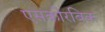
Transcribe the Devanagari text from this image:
एसकोरबिक